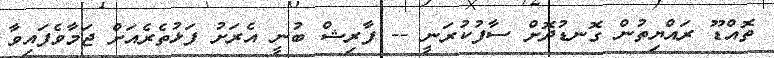
ތޮއްޑޫ ރައްޔިތުން ގޮނޑުދޮށް ސާފުކުރަނީ -- ފާރިޝް ބުނީ އެރަށު ފަޅުތެރެއަށް ޖަމާވެފައިވާ